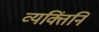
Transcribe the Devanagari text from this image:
व्यक्तिंनि